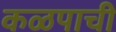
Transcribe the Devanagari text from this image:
कळपाची